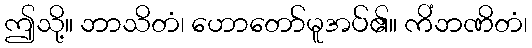
ဤသို့။ ဘာသိတံ၊ ဟောတော်မူအပ်၏။ ကိံဘဏိတံ၊